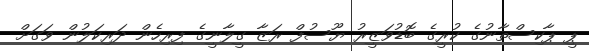
ޕީ ޕާކިސްތާނުގެ ކުރީގެ ބޮޑުވަޒީރު ޔޫސުފް ރަޒާ ގީލާނީގެ ފިރިހެން ދަރިކަލުން ވަގަށް